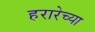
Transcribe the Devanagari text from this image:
हरारेच्या